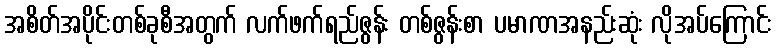
အစိတ်အပိုင်းတစ်ခုစီအတွက် လက်ဖက်ရည်ဇွန်း တစ်ဇွန်းစာ ပမာဏအနည်းဆုံး လိုအပ်ကြောင်း